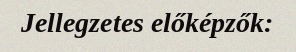
Jellegzetes előképzők: